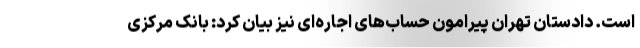
است. دادستان تهران پیرامون حساب‌های اجاره‌ای نیز بیان کرد: بانک مرکزی